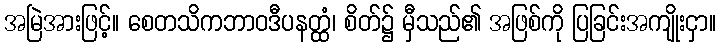
အမြဲအားဖြင့်။ စေတသိကဘာဝဒီပနတ္ထံ၊ စိတ်၌ မှီသည်၏ အဖြစ်ကို ပြခြင်းအကျိုးငှာ။